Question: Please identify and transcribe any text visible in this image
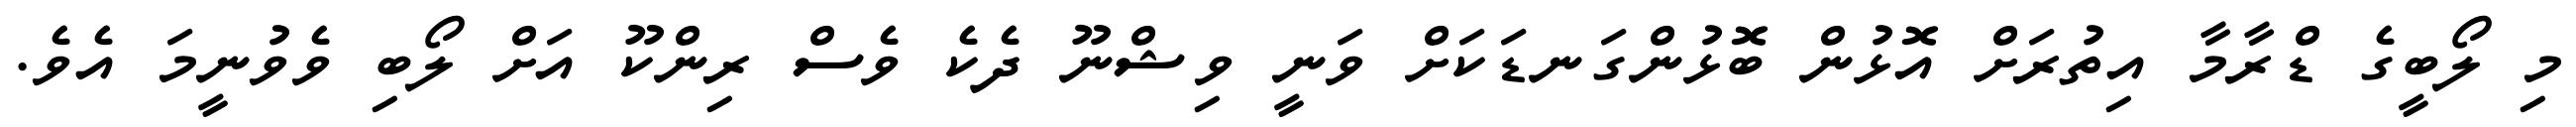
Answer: މި ލޯބީގެ ޑްރާމާ އިތުރަށް އޮޅުން ބޮޅުންގަނޑަކަށް ވަނީ ވިޝްނޫ ދެކެ ވެސް ރިންކޫ އަށް ލޯބި ވެވުނީމަ އެވެ.